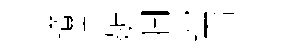
躓往齗涸喈召